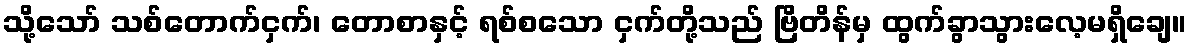
သို့သော် သစ်တောက်ငှက်၊ တောစာနှင့် ရစ်စသော ငှက်တို့သည် ဗြိတိန်မှ ထွက်ခွာသွားလေ့မရှိချေ။